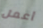
أعمل